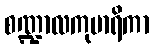
စဏ္ဍာလကုမာရိကာ